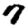
Digit: 7